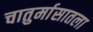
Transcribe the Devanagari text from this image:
चातुर्मासातला